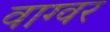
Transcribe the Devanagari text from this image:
वाग्वर